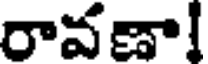
రావణా!